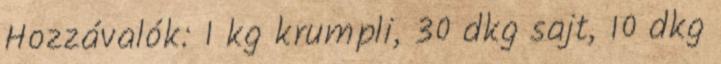
Hozzávalók: 1 kg krumpli, 30 dkg sajt, 10 dkg